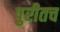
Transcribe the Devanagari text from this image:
पुरीतच